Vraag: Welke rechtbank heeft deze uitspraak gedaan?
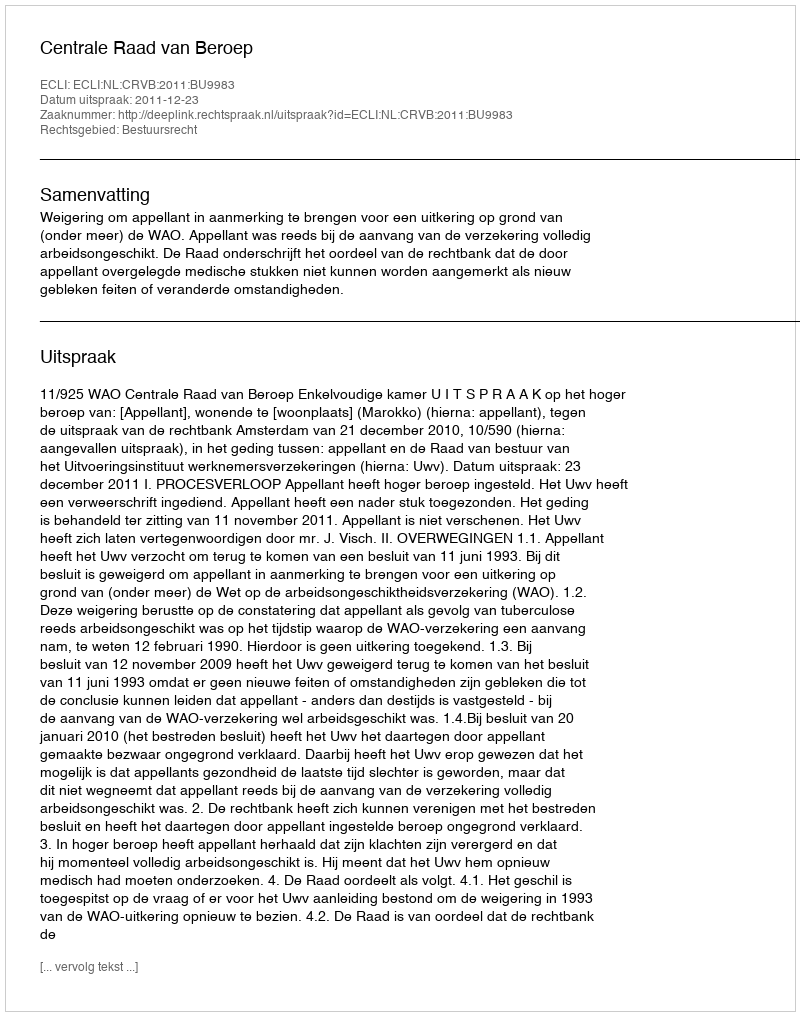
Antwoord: Centrale Raad van Beroep